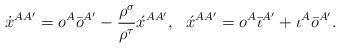
LaTeX: \begin{align*}\dot{x}^{AA'} = o^A \bar{o}^{A'}- \frac{\rho ^\sigma}{\rho ^\tau}\acute{x}^{AA'}, \,\,\,\,\acute{x}^{AA'} = o^A \bar{\iota}^{A'} + \iota^A \bar{o}^{A'}.\end{align*}